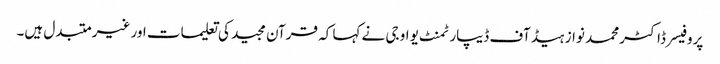
پروفیسر ڈاکٹر محمد نواز ہیڈ آف ڈیپارٹمنٹ یو او جی نے کہا کہ قرآن مجید کی تعلیمات اور غیر متبدل ہیں۔